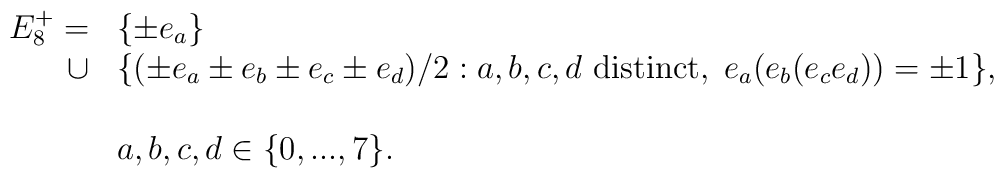
\begin{array}{rl} E_{8}^{+} =  & \{\pm e_{a}\} \\\cup & \{(\pm e_{a}\pm e_{b}\pm e_{c}\pm e_{d})/2: a,b,c,d\mbox{ distinct}, \; e_{a}(e_{b}(e_{c}e_{d}))=\pm 1\}, \\ \\& a,b,c,d\in\{0,...,7\}. \\\end{array}